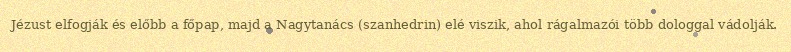
Jézust elfogják és előbb a főpap, majd a Nagytanács (szanhedrin) elé viszik, ahol rágalmazói több dologgal vádolják.